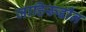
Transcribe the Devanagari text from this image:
जाहिरूद्दीन